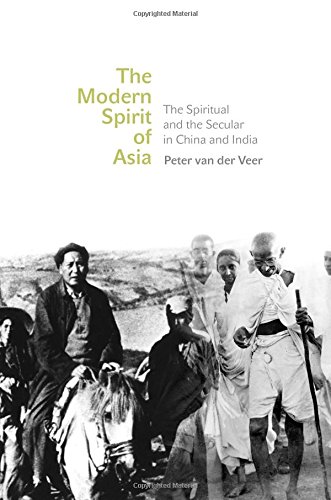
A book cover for The Modern Spirit of Asia: The Spiritual and the Secular in China and India; Peter van der Veer; History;